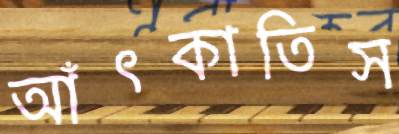
আঁৎকাতিস